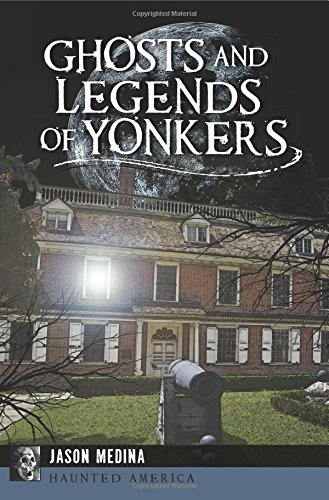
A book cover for Ghosts and Legends of Yonkers (Haunted America); Jason Medina; Religion & Spirituality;